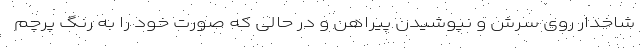
شاخدار روی سرش و نپوشیدن پیراهن و در حالی که صورت خود را به رنگ پرچم